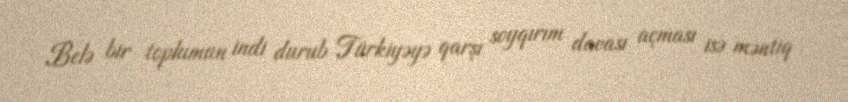
Belə bir toplumun indi durub Türkiyəyə qarşı soyqırım davası açması isə məntiq